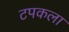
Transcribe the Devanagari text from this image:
टपकला